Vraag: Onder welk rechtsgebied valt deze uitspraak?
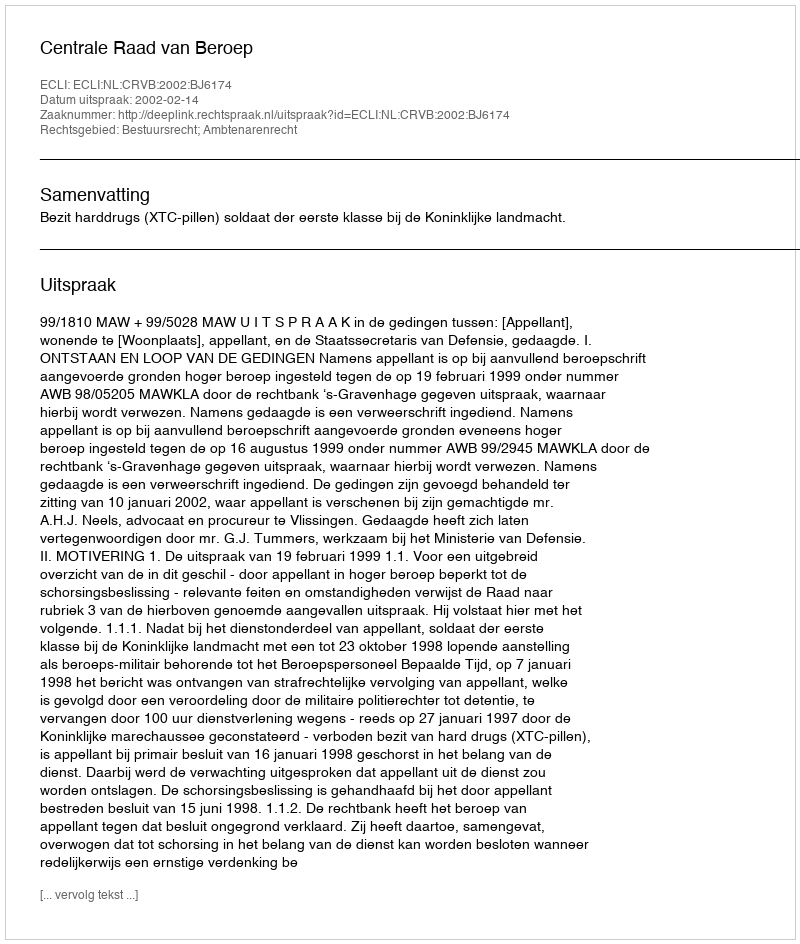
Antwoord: Bestuursrecht; Ambtenarenrecht